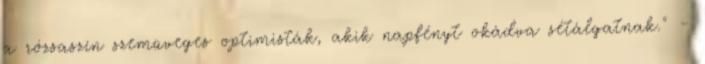
a rózsaszín szemüveges optimisták, akik napfényt okádva sétálgatnak." -